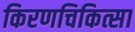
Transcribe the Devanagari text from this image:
किरणचिकित्सा